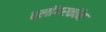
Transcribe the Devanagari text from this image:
व्लॉगरकॉन